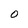
Character: O